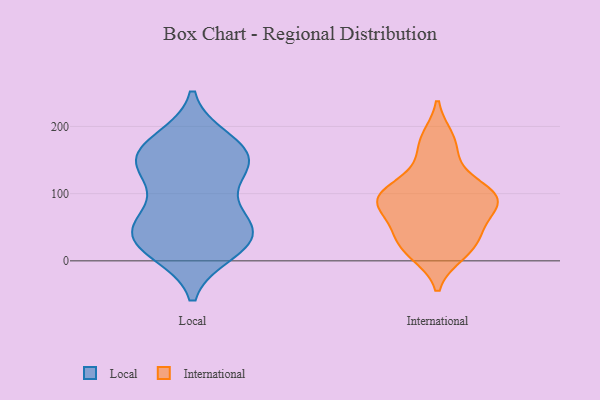
{"axis": {"x": "LTV (USD)", "y": "Value"}, "legend": ["International", "Local"], "data": [{"x": "", "y": 127, "type": "Local"}, {"x": "", "y": 14, "type": "Local"}, {"x": "", "y": 31, "type": "Local"}, {"x": "", "y": 17, "type": "Local"}, {"x": "", "y": 66, "type": "Local"}, {"x": "", "y": 151, "type": "Local"}, {"x": "", "y": 77, "type": "Local"}, {"x": "", "y": 138, "type": "Local"}, {"x": "", "y": 30, "type": "Local"}, {"x": "", "y": 155, "type": "Local"}, {"x": "", "y": 45, "type": "Local"}, {"x": "", "y": 168, "type": "Local"}, {"x": "", "y": 137, "type": "Local"}, {"x": "", "y": 38, "type": "Local"}, {"x": "", "y": 179, "type": "Local"}, {"x": "", "y": 52, "type": "Local"}, {"x": "", "y": 168, "type": "Local"}, {"x": "", "y": 82, "type": "International"}, {"x": "", "y": 102, "type": "International"}, {"x": "", "y": 22, "type": "International"}, {"x": "", "y": 11, "type": "International"}, {"x": "", "y": 37, "type": "International"}, {"x": "", "y": 90, "type": "International"}, {"x": "", "y": 14, "type": "International"}, {"x": "", "y": 43, "type": "International"}, {"x": "", "y": 88, "type": "International"}, {"x": "", "y": 109, "type": "International"}, {"x": "", "y": 182, "type": "International"}, {"x": "", "y": 86, "type": "International"}, {"x": "", "y": 176, "type": "International"}, {"x": "", "y": 91, "type": "International"}, {"x": "", "y": 144, "type": "International"}, {"x": "", "y": 52, "type": "International"}, {"x": "", "y": 99, "type": "International"}]}